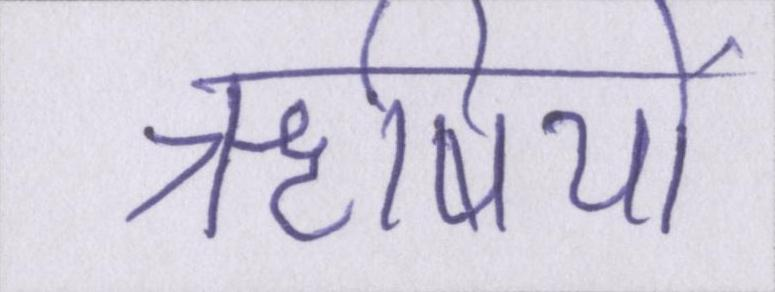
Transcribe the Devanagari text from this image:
ॠषियों